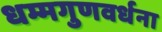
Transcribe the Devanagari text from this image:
धम्मगुणवर्धना